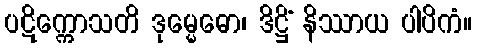
ပဋိက္ကောသတိ ဒုမ္မေဓော၊ ဒိဋ္ဌိံ နိဿာယ ပါပိကံ။